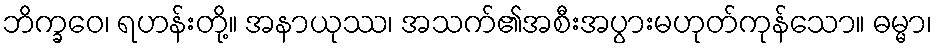
ဘိက္ခဝေ၊ ရဟန်းတို့။ အနာယုဿ၊ အသက်၏အစီးအပွားမဟုတ်ကုန်သော။ ဓမ္မာ၊